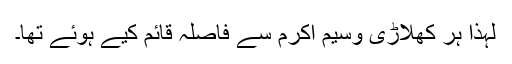
لہٰذا ہر کھلاڑی وسیم اکرم سے فاصلہ قائم کیے ہوئے تھا۔